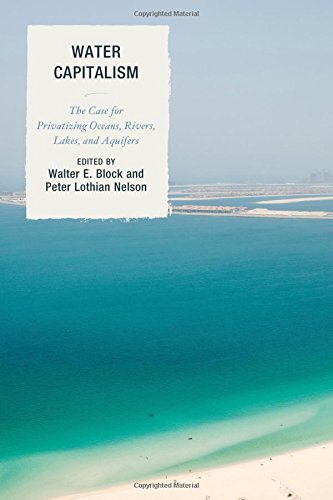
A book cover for Water Capitalism: The Case for Privatizing Oceans, Rivers, Lakes, and Aquifers (Capitalist Thought: Studies in Philosophy, Politics, and Economics); Walter E. Block; Business & Money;